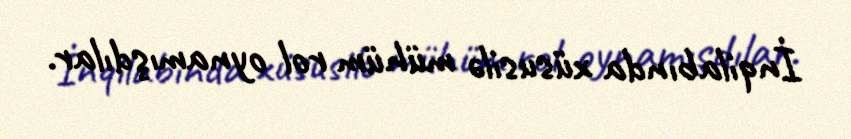
İnqilabında xüsusilə mühüm rol oynamışdılar.